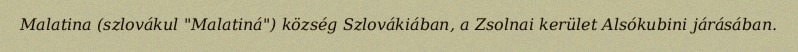
Malatina (szlovákul "Malatiná") község Szlovákiában, a Zsolnai kerület Alsókubini járásában.